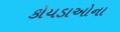
કોયડાઓના